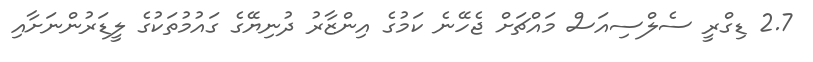
2.7 ޑިގްރީ ސެލްސިއަސް މައްޗަށް ޖެހޭނެ ކަމުގެ އިންޒާރު ދުނިޔޭގެ ގައުމުތަކުގެ ލީޑަރުންނަށާއި